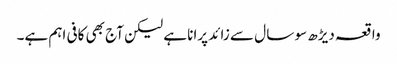
واقعہ دیڑھ سو سا ل سے زائد پرانا ہے لیکن آج بھی کافی اہم ہے۔